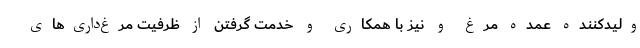
ولیدکننده عمده مرغ و نیز با همکاری و خدمت گرفتن از ظرفیت مرغ‌داری‌های